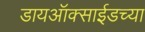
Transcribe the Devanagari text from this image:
डायऑक्साईडच्या